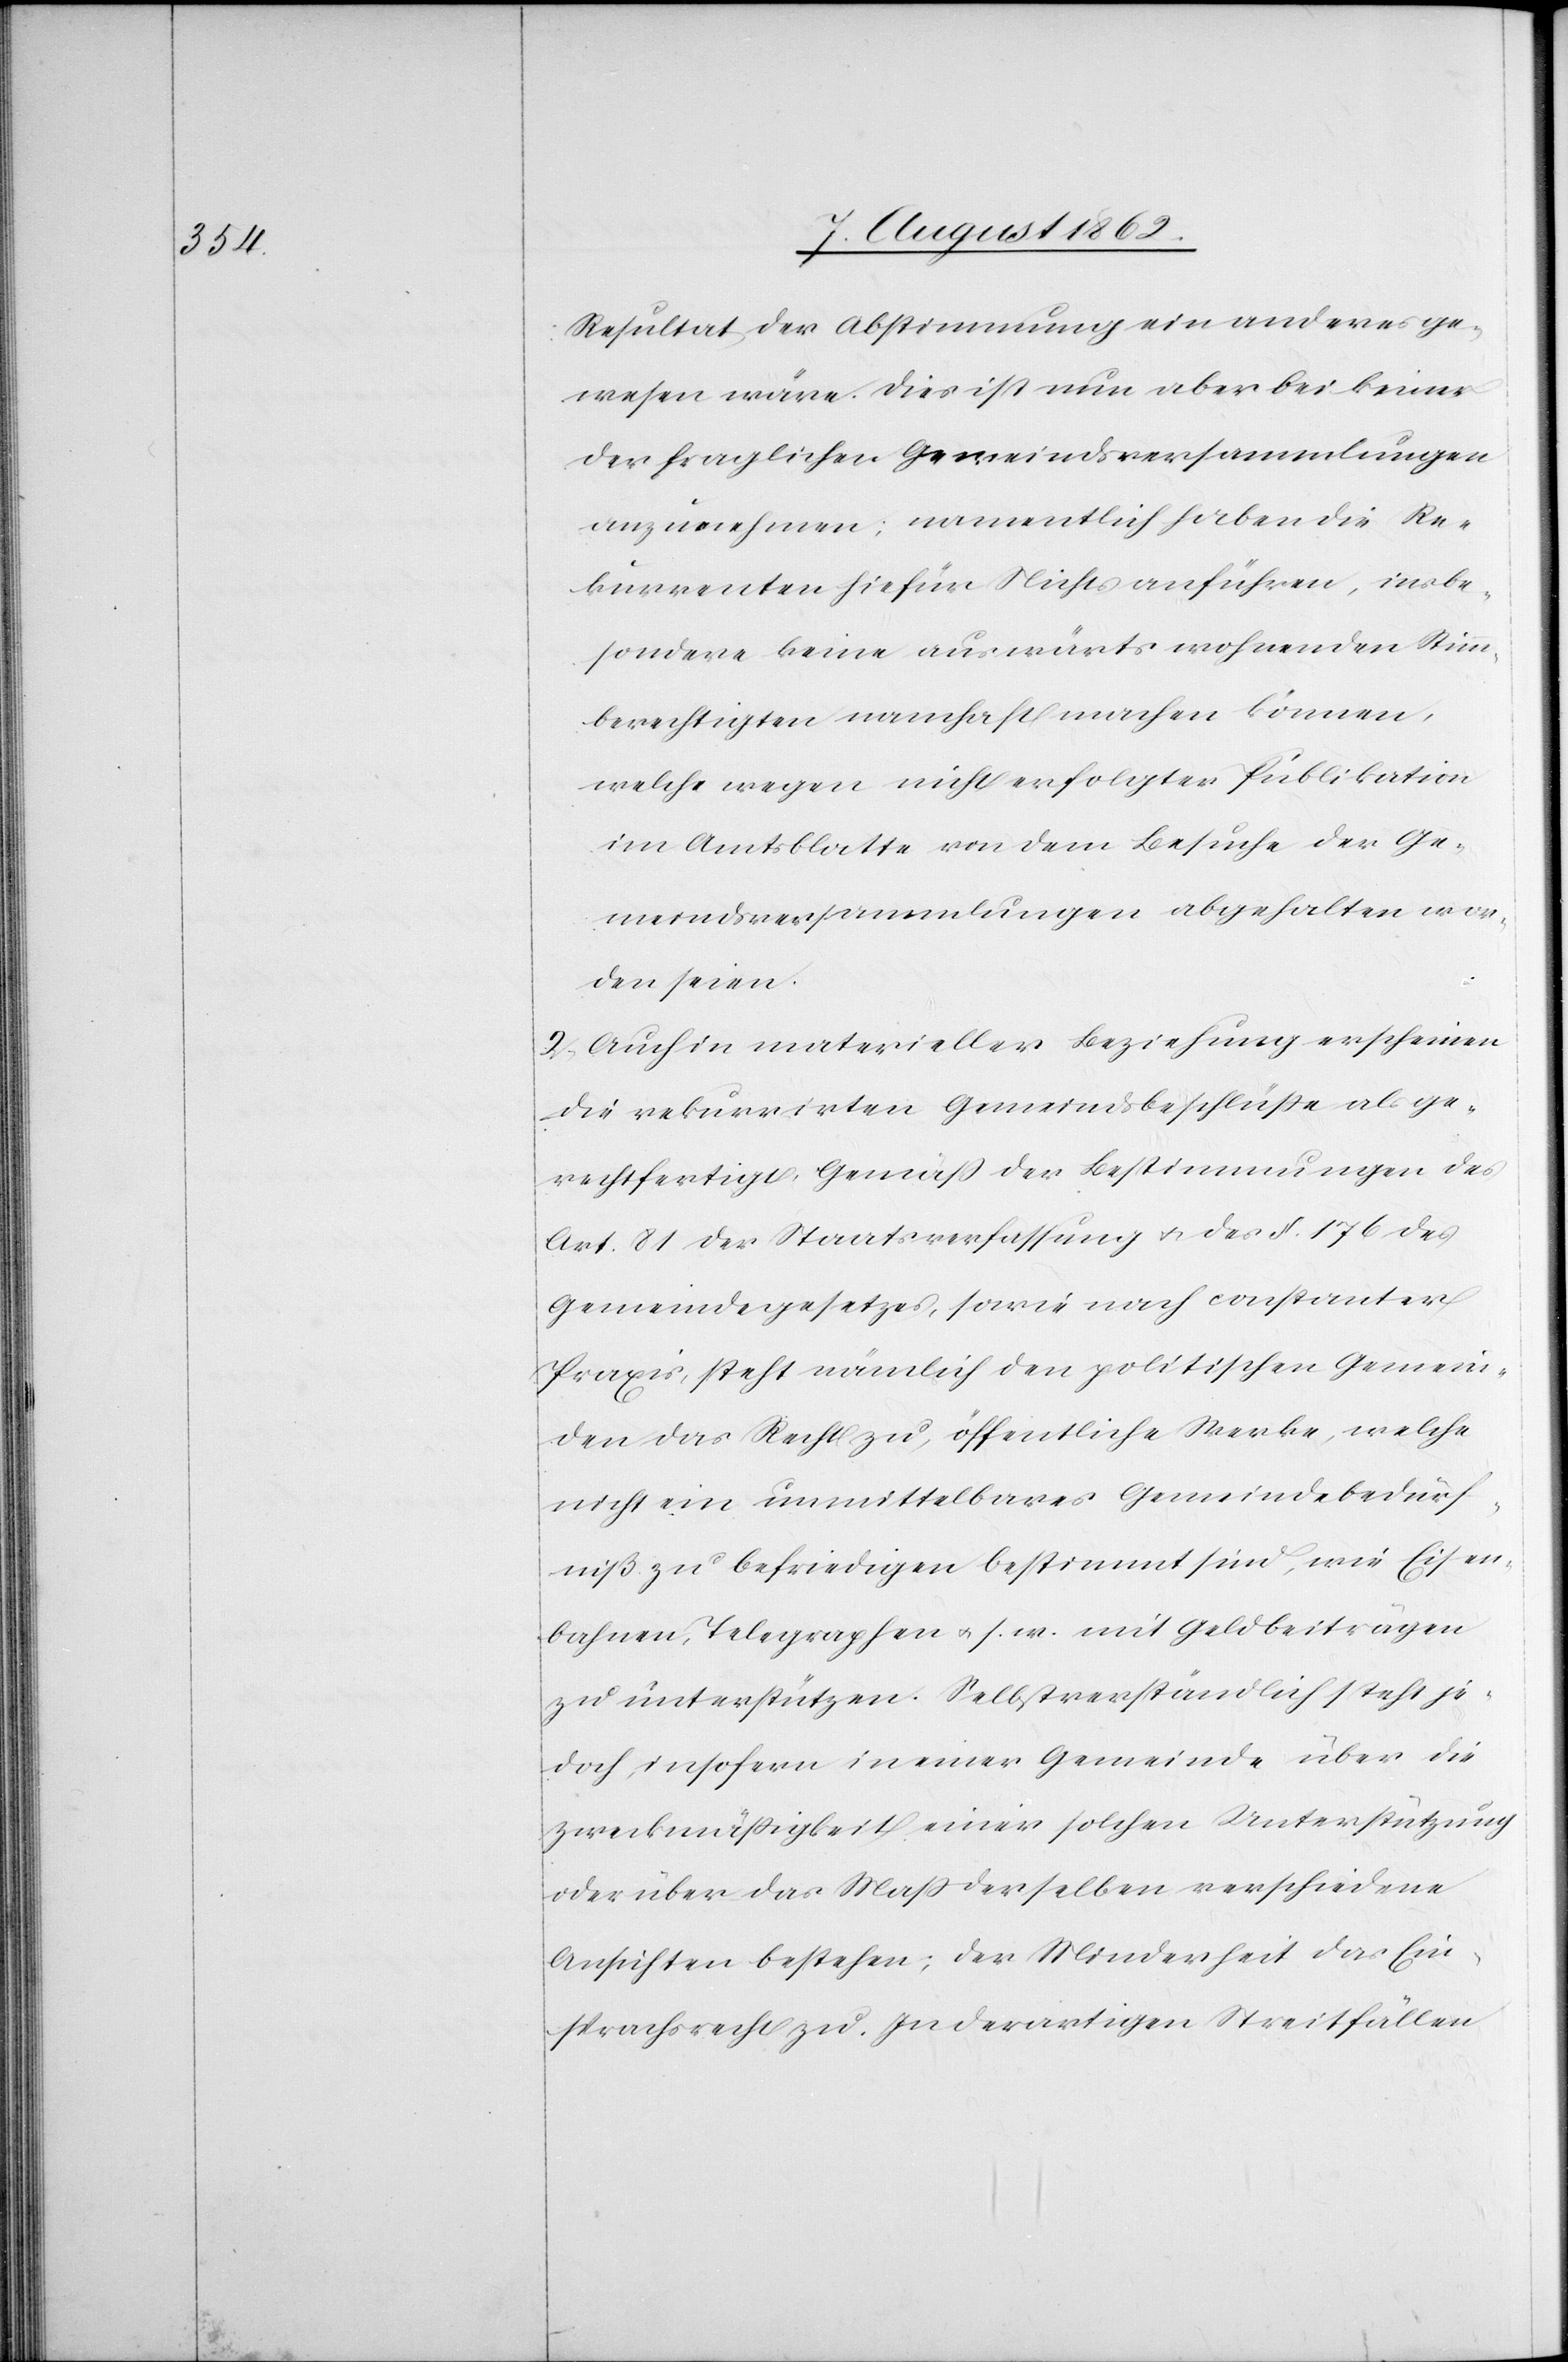
Resultat der Abstimmung ein anderes ge¬
wesen wäre. Dies ist nun aber bei keiner
der fraglichen Gemeindsversammlungen
anzunehmen; namentlich haben die Re¬
kurrenten hiefür Nichts anführen, insbe¬
sondere keine auswärts wohnenden Stimm¬
berechtigten namhaft machen können,
welche wegen nicht erfolgter Publikation
im Amtsblatte von dem Besuche der Ge¬
meindsversammlungen abgehalten wor¬
den seien.
2. Auch in materieller Beziehung erscheinen
die rekurrirten Gemeindsbeschlüße als ge¬
rechtfertigt, Gemäß der Bestimmungen des
Art. 81 der Staatsverfassung u. des §. 176 des
Gemeindegesetzes, sowie nach constanter
Praxis, steht nämlich den politischen Gemein¬
den das Recht zu, öffentliche Werke, welche
nicht ein unmittelbares Gemeindebedürf¬
niß zu befriedigen bestimmt sind, wie Eisen¬
bahnen, Telegraphen u. s. w. mit Geldbeiträgen
zu unterstützen. Selbstverständlich steht je¬
doch, insofern in einer Gemeinde über die
Zweckmäßigkeit einer solchen Unterstützung
oder über das Maß derselben verschiedene
Ansichten bestehe; der Minderheit das Ein¬
sprachsrecht zu. In derartigen Streitfällen